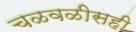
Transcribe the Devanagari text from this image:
चळवळीसही